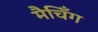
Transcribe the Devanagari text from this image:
मैचिँग